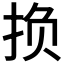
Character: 𫼨